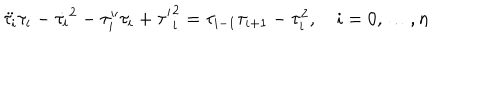
LaTeX: \ddot { \tau _ { i } } \tau _ { i } - \dot { \tau _ { i } } ^ { 2 } - \tau _ { i } ^ { \prime \prime } \tau _ { i } + { \tau ^ { \prime } } _ { i } ^ { 2 } = \tau _ { i - 1 } \tau _ { i + 1 } - \tau _ { i } ^ { 2 } , ~ i = 0 , \dots , n